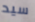
سيد